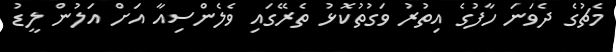
މެޗުގެ ދެވަނަ ހާފުގެ އިތުރު ވަގުތުކޮޅު ތެރޭގައި ވެލެންސިއާ އަށް އަލުން ލީޑު